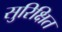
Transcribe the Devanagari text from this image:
सुरिक्षित